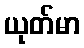
ယုတ်မာ